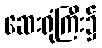
ဆေးရုံကြီး၌